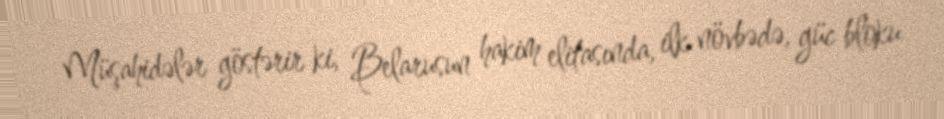
Müşahidələr göstərir ki, Belarusun hakim elitasında, ilk növbədə, güc bloku